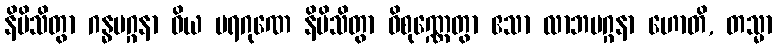
နိပိသိတွာ ဂန္ဓမဂ္ဂနာ ဝိယ ပရဂုဏေ နိပိသိတွာ ဝိစုဏ္ဏေတွာ ဧသာ လာဘမဂ္ဂနာ ဟောတိ, တသ္မာ